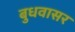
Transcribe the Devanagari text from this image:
बुधवासर